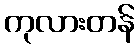
ကုလားတန်